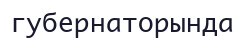
губернаторында